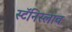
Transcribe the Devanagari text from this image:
स्टॅनिस्लाव